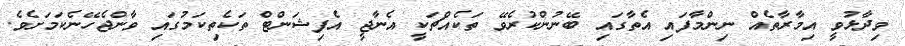
ވިދާޅުވީ އިމާރާތެއް ނިންމާފައި އެތާގައި ބޭނުންކުރެވޭ ތަކެއްޗަކީ އެނާޖީ އެފިޝަންޓް ތަކެތިކަމުގައި ވާންޖެހޭނެކަމަށެވެ.